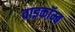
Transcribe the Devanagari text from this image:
वाइकॉम्ब